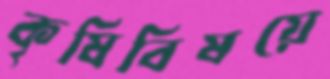
কৃষিবিষয়ে